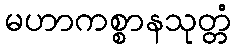
မဟာကစ္စာနသုတ္တံ